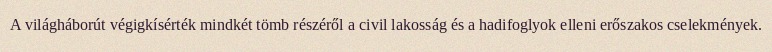
A világháborút végigkísérték mindkét tömb részéről a civil lakosság és a hadifoglyok elleni erőszakos cselekmények.